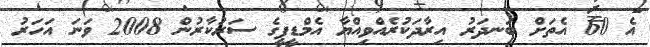
އެ 60 އެތަށް ބަނދަރު އިރާދަކުރެއްވިއްޔާ އެމްޑީޕީގެ ސަރުކާރުން 2008 ވަނަ އަހަރު